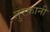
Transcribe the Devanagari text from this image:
तुरफ़ानी